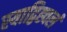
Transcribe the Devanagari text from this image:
स्याद्विह्वलं